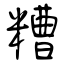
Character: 糟